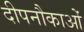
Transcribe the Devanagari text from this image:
दीपनौकाओं